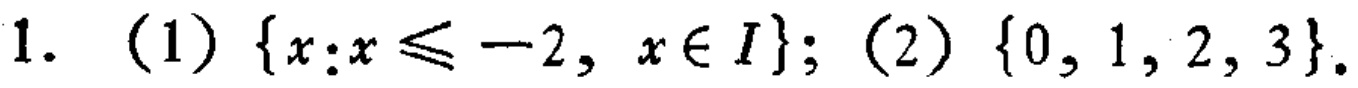
1. (1) $\{x:x\leqslant - 2,x\in I\}$; (2) $\{0,1,2,3\}$.